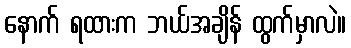
နောက် ရထားက ဘယ်အချိန် ထွက်မှာလဲ။